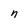
Character: n